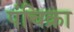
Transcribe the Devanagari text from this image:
पंचिक्रा